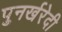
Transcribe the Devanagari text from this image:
पुनर्खरेदी